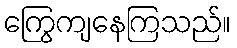
ကြွေကျနေကြသည်။